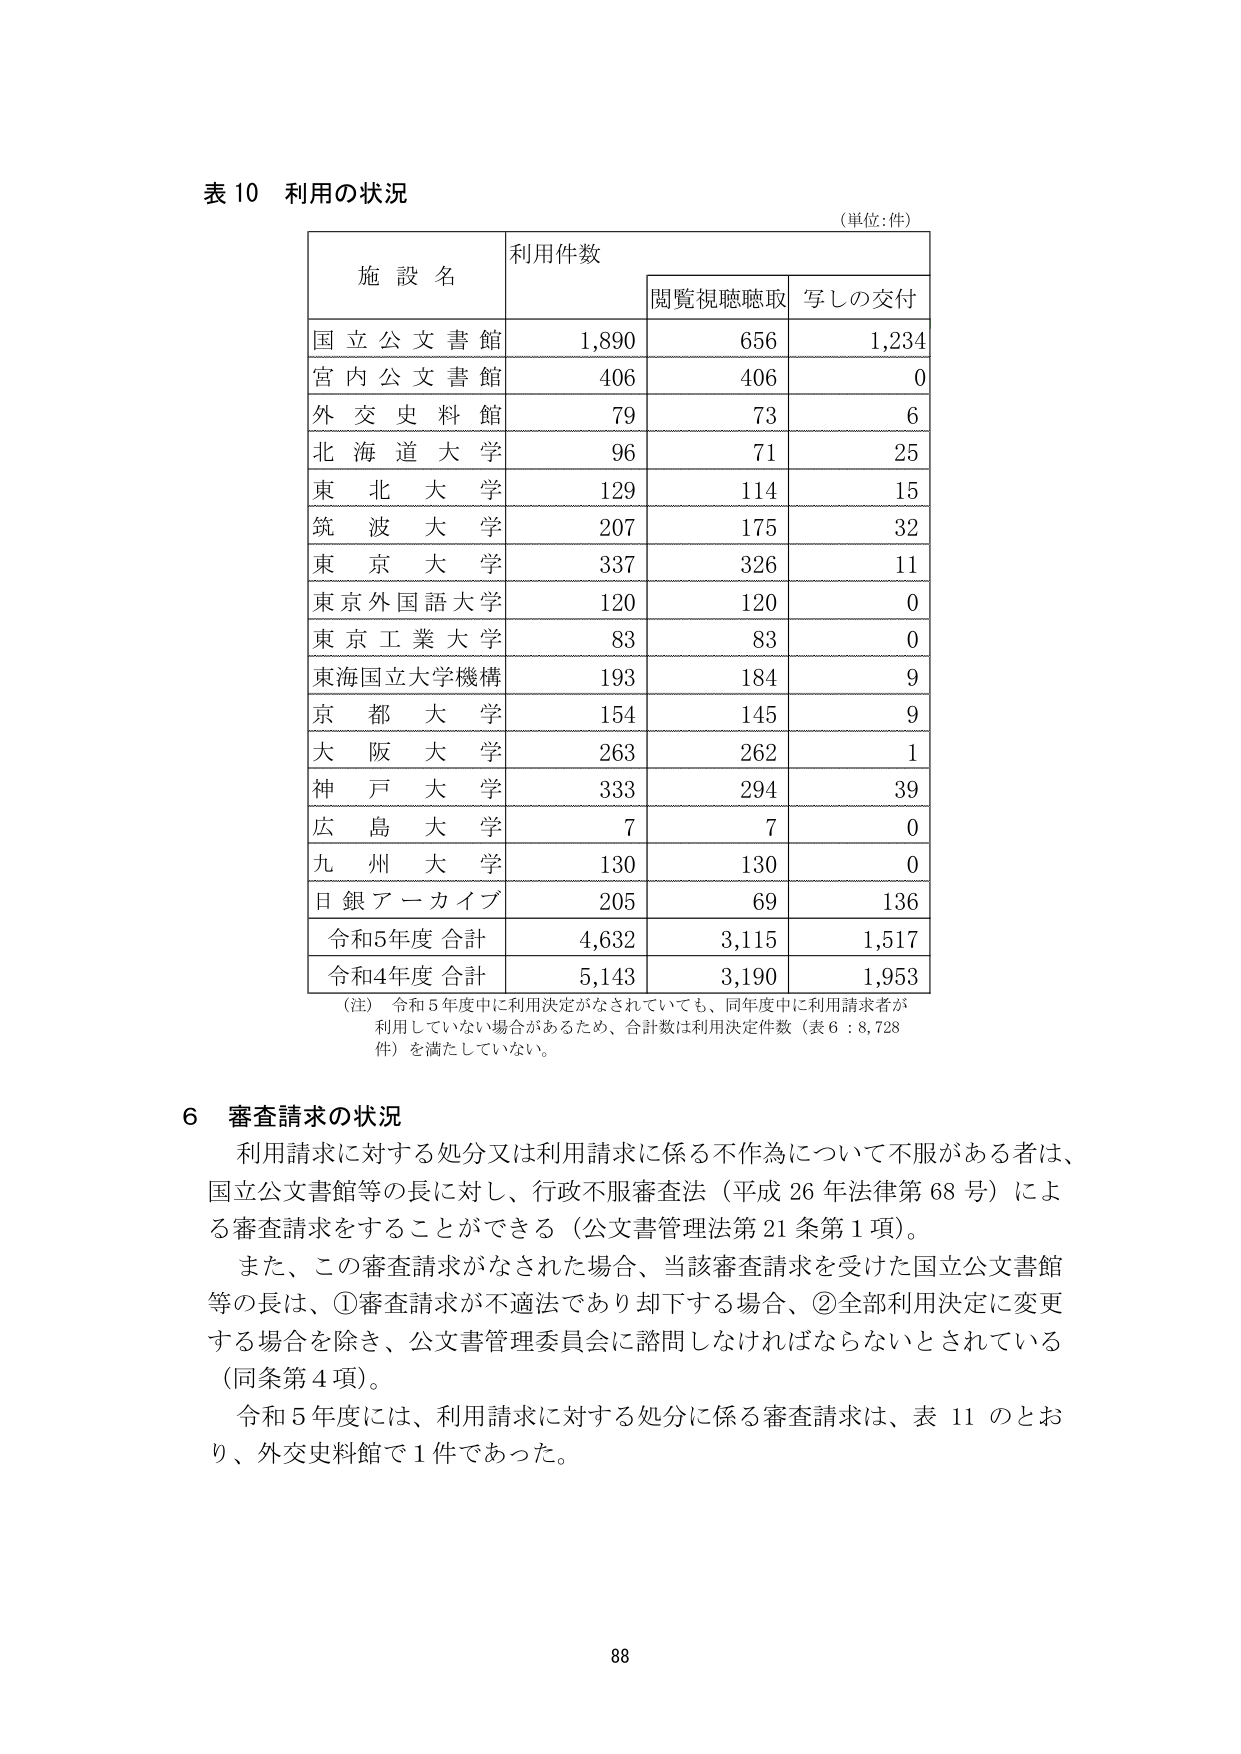
表 10 利用の状況
（単位：件）

施設名　利用件数
　　　　　閲覧視聴聴取　写しの交付

国立公文書館　1,890　656　1,234
宮内公文書館　406　406　0
外交史料館　79　73　6
北海道大学　96　71　25
東北大学　129　114　15
筑波大学　207　175　32
東京大学　337　326　11
東京外国語大学　120　120　0
東京工業大学　83　83　0
東海国立大学機構　193　184　9
京都大学　154　145　9
大阪大学　263　262　1
神戸大学　333　294　39
広島大学　7　7　0
九州大学　130　130　0
日銀アーカイブ　205　69　136
令和5年度 合計　4,632　3,115　1,517
令和4年度 合計　5,143　3,190　1,953

（注） 令和5年度中に利用決定がなされていても、同年度中に利用請求者が利用していない場合があるため、合計数は利用決定件数（表6：8,728件）を満たしていない。

6 審査請求の状況
　利用請求に対する処分又は利用請求に係る不作為について不服がある者は、国立公文書館等の長に対し、行政不服審査法（平成26年法律第68号）による審査請求をすることができる（公文書管理法第21条第1項）。
　また、この審査請求がなされた場合、当該審査請求を受けた国立公文書館等の長は、①審査請求が不適法であり却下する場合、②全部利用決定に変更する場合を除き、公文書管理委員会に諮問しなければならないとされている（同条第4項）。
　令和5年度には、利用請求に対する処分に係る審査請求は、表11のとおり、外交史料館で1件であった。

88